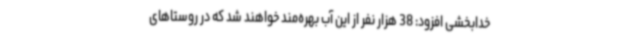
خدابخشی افزود: 38 هزار نفر از این آب بهره‌مند خواهند شد که در روستاهای